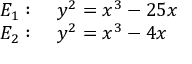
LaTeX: \begin{array} { r l } { E _ { 1 } : } & { { } { \mathrm { ~ } } y ^ { 2 } = x ^ { 3 } - 2 5 x } \\ { E _ { 2 } : } & { { } { \mathrm { ~ } } y ^ { 2 } = x ^ { 3 } - 4 x } \end{array}